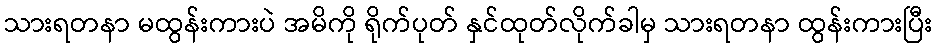
သားရတနာ မထွန်းကားပဲ အမိကို ရိုက်ပုတ် နှင်ထုတ်လိုက်ခါမှ သားရတနာ ထွန်းကားပြီး